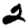
Digit: 2